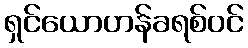
ရှင်ယောဟန်ခရစ်ဝင်